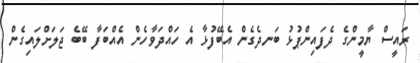
ރައީސް ޔާމީންގެ ދެފައިންޕުޅު ބަނދެގެން އެބޭފުޅާ އެ ހައްދަވާހެން އެއްބަފާ ބޭބެ ޖަލަށްލައިގެން